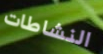
النشاطات